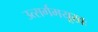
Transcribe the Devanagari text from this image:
उत्सर्गमयूखः